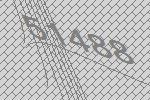
51488